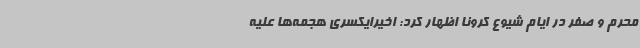
محرم و صفر در ایام شیوع کرونا اظهار کرد:‌ اخیرایکسری هجمه‌ها علیه